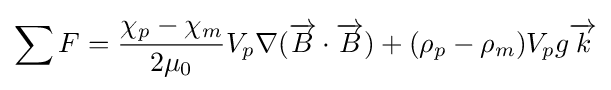
\sum F={\frac {\chi _{p}-\chi _{m}}{2\mu _{0}}}V_{p}\nabla ({\overrightarrow {B}}\cdot {\overrightarrow {B}})+(\rho _{p}-\rho _{m})V_{p}g{\overrightarrow {k}}